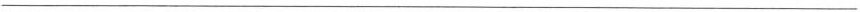
___